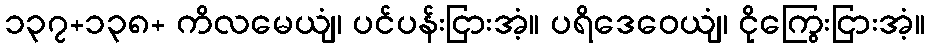
၁၃၇+၁၃၈+ ကိလမေယျံ၊ ပင်ပန်းငြားအံ့။ ပရိဒေဝေယျံ၊ ငိုကြွေးငြားအံ့။